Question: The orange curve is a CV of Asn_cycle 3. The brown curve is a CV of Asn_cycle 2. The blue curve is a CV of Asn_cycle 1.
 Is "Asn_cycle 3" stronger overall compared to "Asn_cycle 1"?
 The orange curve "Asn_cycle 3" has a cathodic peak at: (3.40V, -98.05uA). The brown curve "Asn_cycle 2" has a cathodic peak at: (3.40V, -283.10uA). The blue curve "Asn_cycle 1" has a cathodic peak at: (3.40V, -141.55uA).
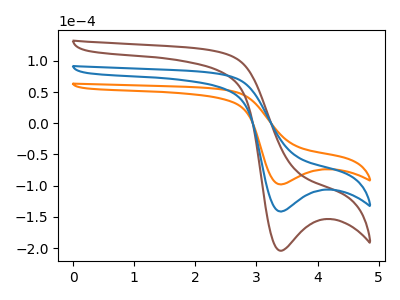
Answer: <think>All the peaks in "Asn_cycle 3" have a peak in "Asn_cycle 1" at the same potential. Every peak in "Asn_cycle 3" is lower than every peak in "Asn_cycle 1".
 </think>
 <answer>"Asn_cycle 3" has less signal than "Asn_cycle 1".</answer>
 <eval>less_signal</eval>